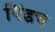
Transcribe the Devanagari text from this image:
पिंडच